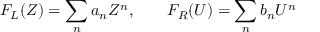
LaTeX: F _ { L } ( Z ) = \sum _ { n } a _ { n } Z ^ { n } , ~ ~ ~ ~ ~ ~ F _ { R } ( U ) = \sum _ { n } b _ { n } U ^ { n }